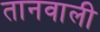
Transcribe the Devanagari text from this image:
तानवाली